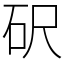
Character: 𥐮